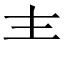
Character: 龶